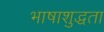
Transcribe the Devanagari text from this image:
भाषाशुद्धता